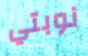
نوبتي